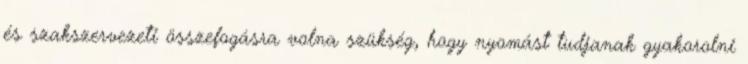
és szakszervezeti összefogásra volna szükség, hogy nyomást tudjanak gyakorolni